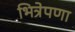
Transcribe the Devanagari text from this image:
भित्रेपणा